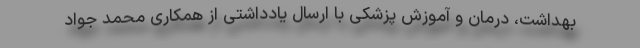
بهداشت، درمان و آموزش پزشکی با ارسال یادداشتی از همکاری محمد جواد